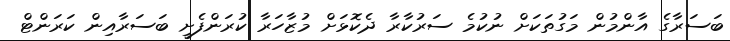
ބަސަރާގެ އާންމުން މަގުތަކަށް ނުކުމެ ސަރުކާރާ ދެކޮޅަށް މުޒާހަރާ ކުރަންފެށީ ބަސަރާއިން ކަރަންޓް